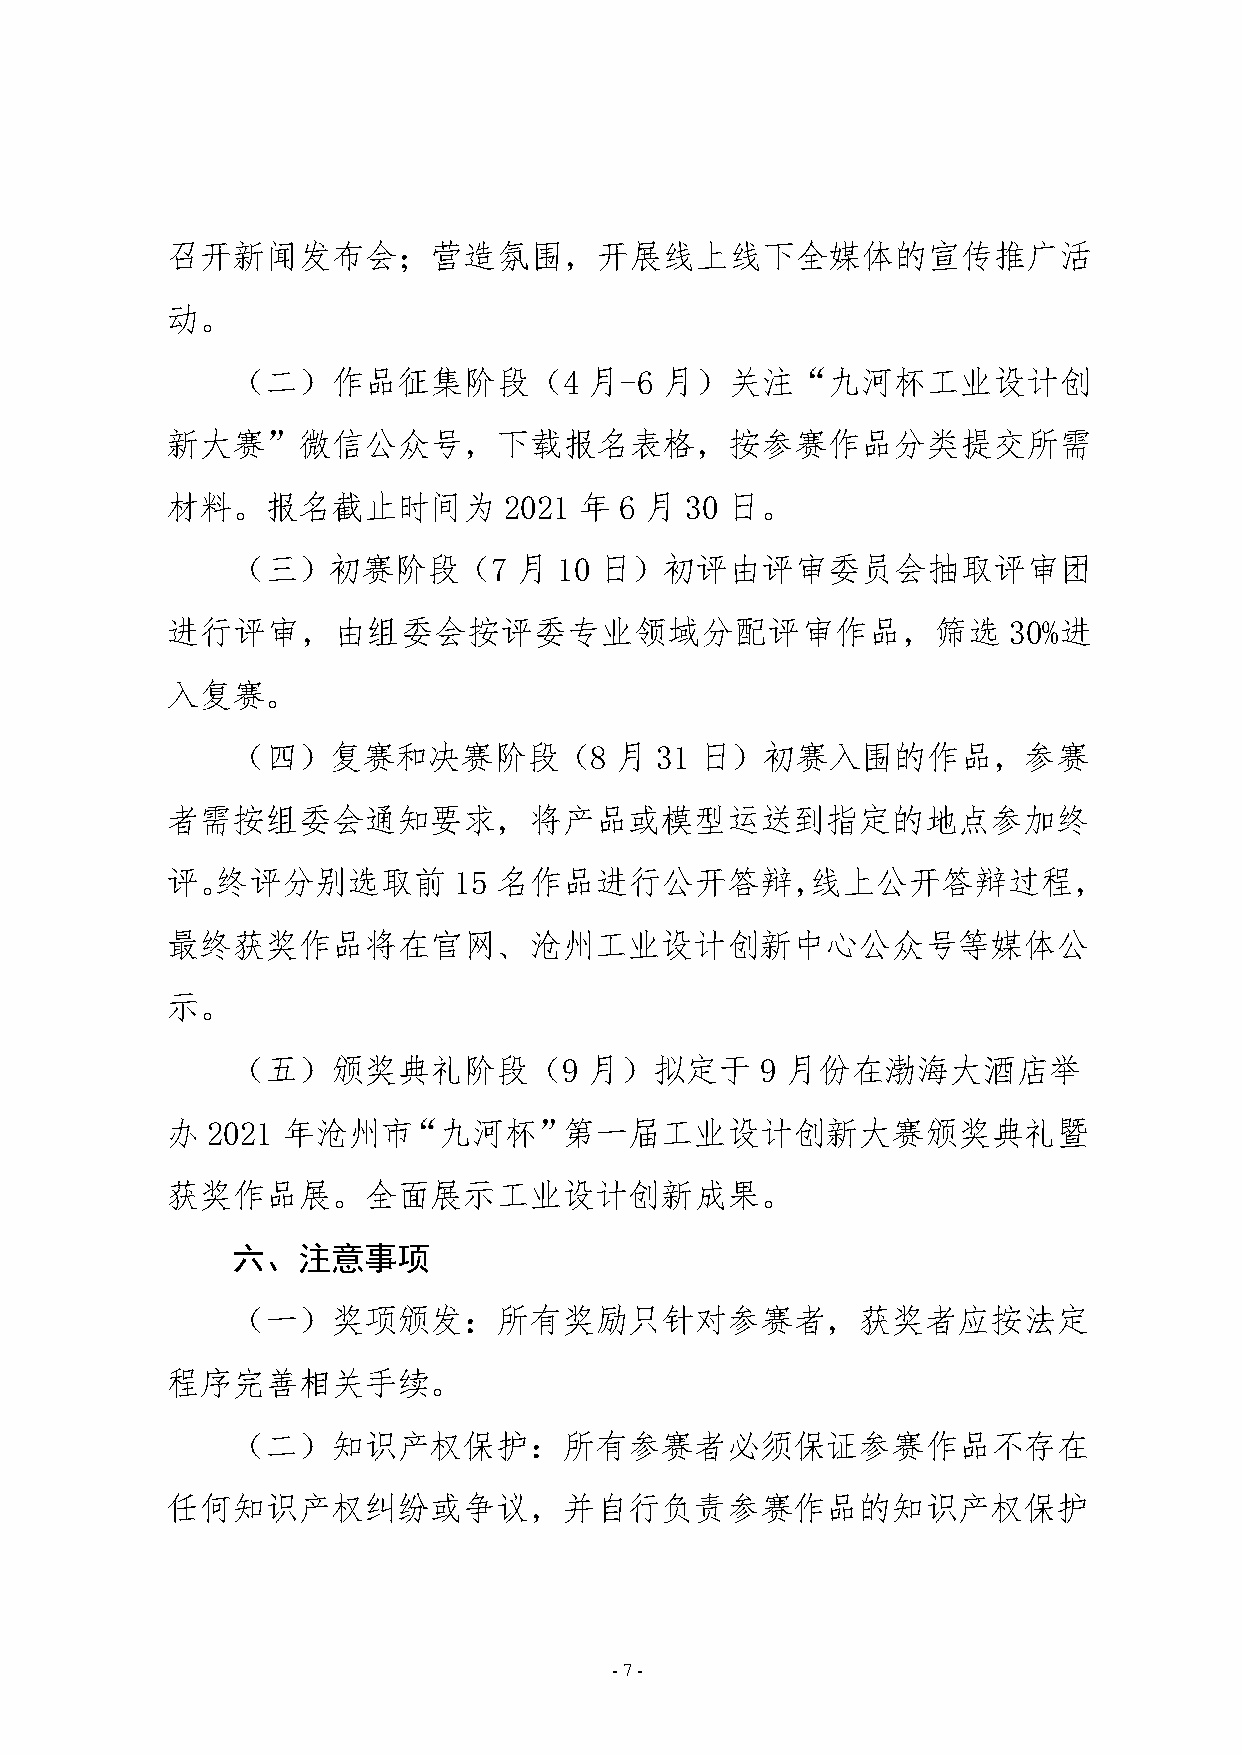
召开新闻发布会          营造氛围，开展线上线下全媒体的宣传推广活
 动。
 （二）作品征集阶段（4             月-6  月）关注       九河杯工业设计创
 新大赛      微信公众号，下载报名表格，按参赛作品分类提交所需
 材料。报名截止时间为            2021 年  6 月 30 日。
 （三）初赛阶段（7          月  10 日）初评由评审委员会抽取评审团
 进行评审，由组委会按评委专业领域分配评审作品，筛选                               30%进
 入复赛。
 （四）复赛和决赛阶段（8              月 31 日）初赛入围的作品，参赛
 者需按组委会通知要求，将产品或模型运送到指定的地点参加终
 评。终评分别选取前          15 名作品进行公开答辩，线上公开答辩过程，
 最终获奖作品将在官网、沧州工业设计创新中心公众号等媒体公
 示。
 （五）颁奖典礼阶段（9             月）拟定于      9 月份在渤海大酒店举
 办  2021 年沧州市      九河杯     第一届工业设计创新大赛颁奖典礼暨
 获奖作品展。全面展示工业设计创新成果。
 六、注意事项
 （一）奖项颁发           所有奖励只针对参赛者，获奖者应按法定
 程序完善相关手续。
 （二）知识产权保护             所有参赛者必须保证参赛作品不存在
 任何知识产权纠纷或争议，并自行负责参赛作品的知识产权保护
 -7-